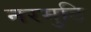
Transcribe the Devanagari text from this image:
नरमुटि